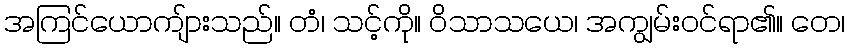
အကြင်ယောကျ်ားသည်။ တံ၊ သင့်ကို။ ဝိသာသယေ၊ အကျွမ်းဝင်ရာ၏။ တေ၊